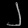
Digit: ၂